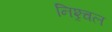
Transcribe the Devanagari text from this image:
निश्र्चल